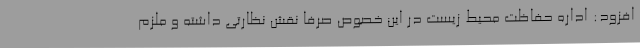
افزود: اداره حفاظت محیط زیست در این خصوص صرفا نقش نظارتی داشته و ملزم